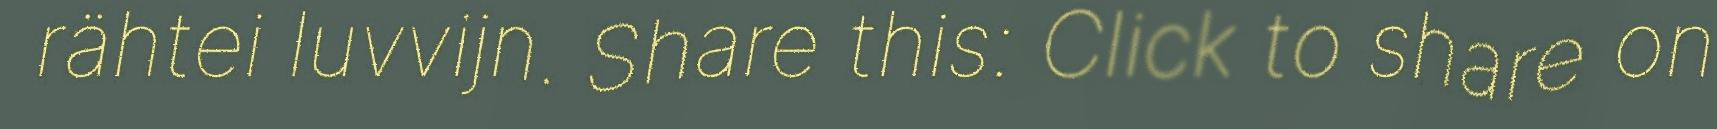
rähtei luvvijn. Share this: Click to share on